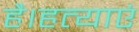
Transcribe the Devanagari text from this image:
है।हत्याएं